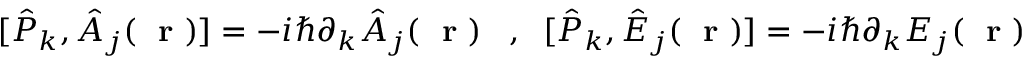
[ \hat { P } _ { k } , \hat { A } _ { j } ( \mathrm { ~ \bf ~ r ~ } ) ] = - i \hbar \partial _ { k } \hat { A } _ { j } ( \mathrm { ~ \bf ~ r ~ } ) \; \; \; , \; \; [ \hat { P } _ { k } , \hat { E } _ { j } ( \mathrm { ~ \bf ~ r ~ } ) ] = - i \hbar \partial _ { k } { E } _ { j } ( \mathrm { ~ \bf ~ r ~ } )